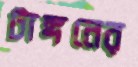
টাঙ্গনের